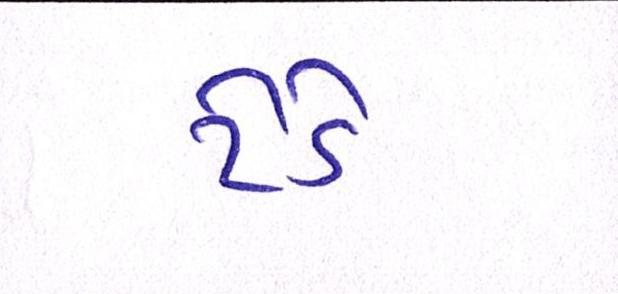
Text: ટેડે